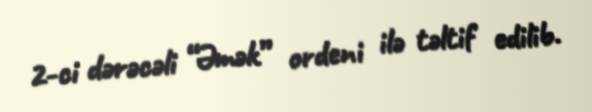
2-ci dərəcəli “Əmək” ordeni ilə təltif edilib.